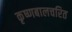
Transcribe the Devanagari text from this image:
कृष्णबालचरित